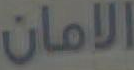
الامان